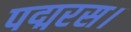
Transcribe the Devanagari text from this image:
पद्मरस।